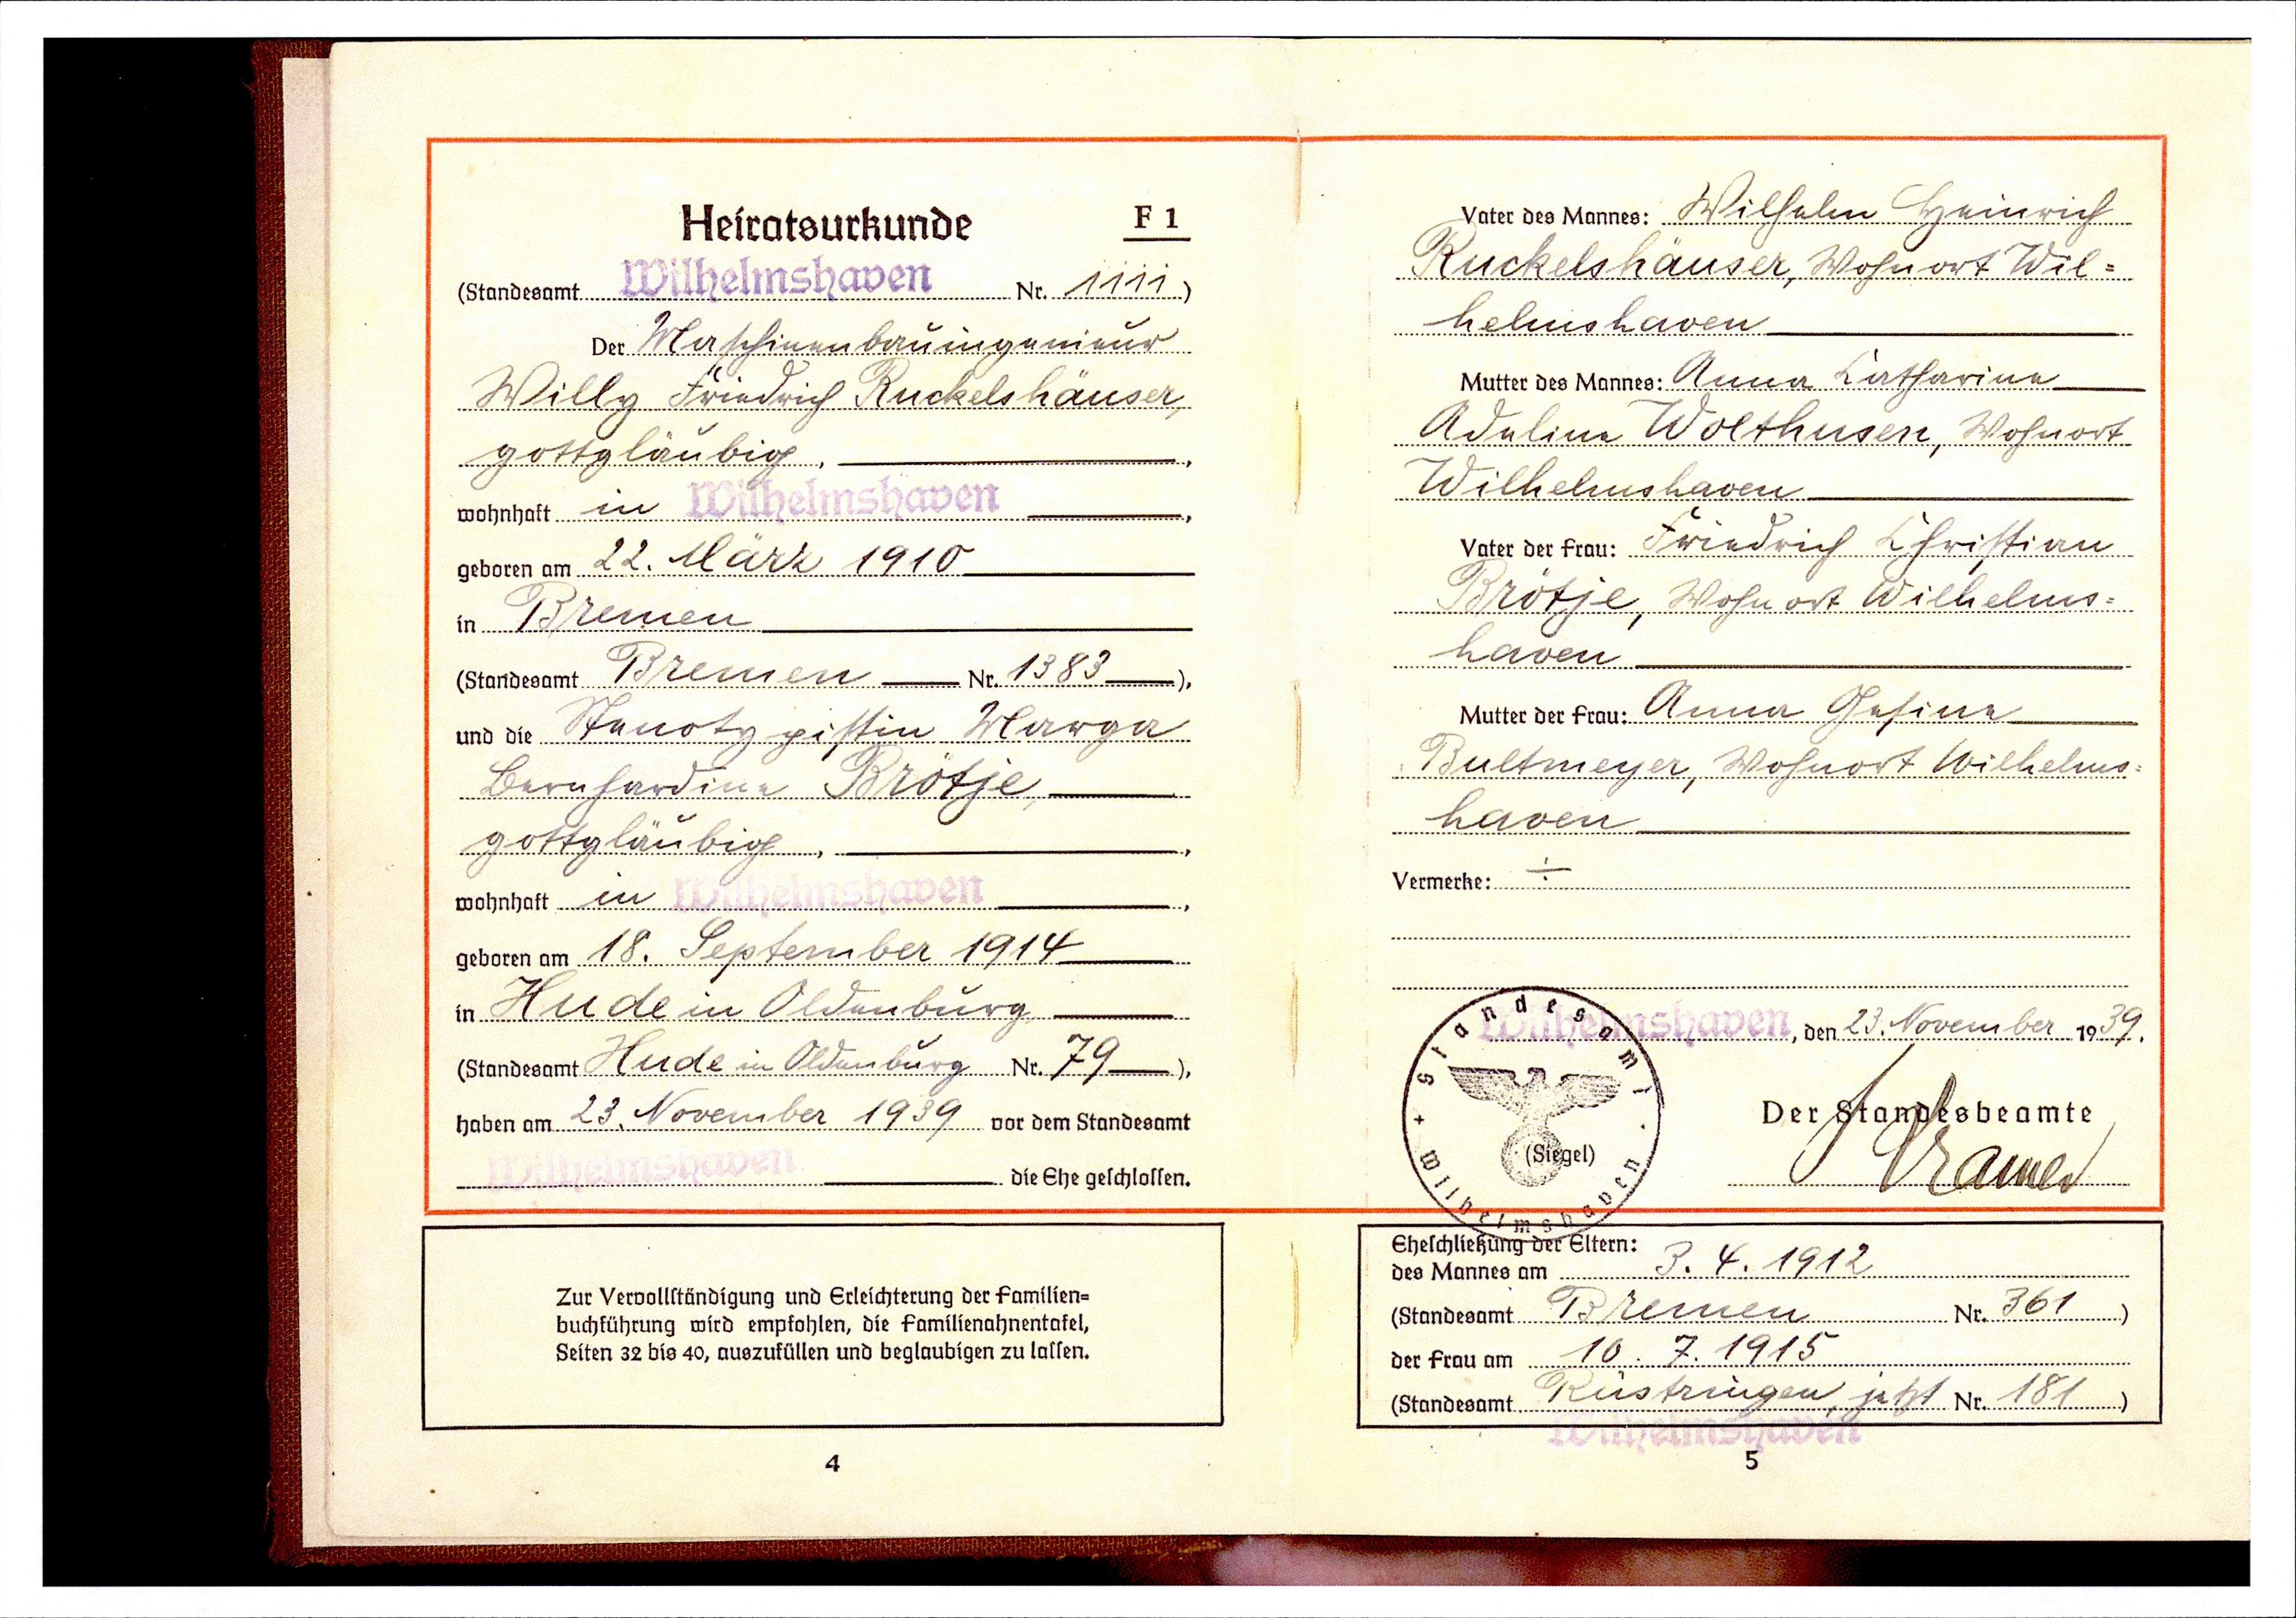
Wilhelmshaven Nr. 1111
Der Maschienenbauingenieur
Willy Friedrich Ruckelshäuser
gottgläubig
in Wilhelmshaven
22. März 1910
in Bremen
Bremen N. 1383
Stenotypistin Marga
Bernhardine Brötje
gottgläubig
in Wilhelmshaven
18. September 1914
in Hude in Oldenburg
Hude in Oldenburg Nr. 79
23. November 1939

Wilhelm Heinrich
Ruckelshäuser, Wohnort Wil¬
helmshaven
Anna Catharina
Adeline Wolthusen, Wohnort
Wilhelmshaven
Friedrich Christian
Bröthe, Wohnort Wilhelms¬
haven
Anna Gesine
Bultmeyer, Wohnort Wilhelms¬
haven
23. November 1939

3.4.1912
Bremen Nr. 361
10.7.1915
Rüstringen, jetzt  Nr. 181